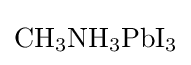
{\mathrm {CH} }_{3}{\mathrm {NH} }_{3}{\mathrm {PbI} }_{3}